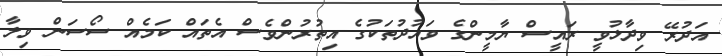
އަދުރޭ ވިދާޅުވީ ރައީސް ޔާމީންގެ ވައުދުތަކުގެ އިތުރުންވެސް އެތައް ކަމެއް ސޯސަން ވިލާ